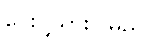
ပေးပို့သွားပါမည်